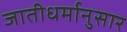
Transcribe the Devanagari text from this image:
जातीधर्मानुसार